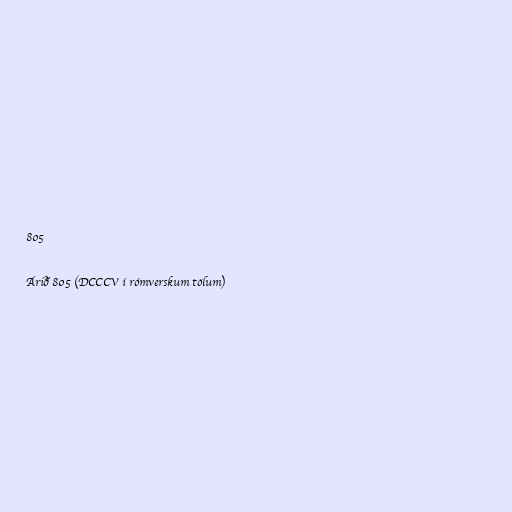
805

Árið 805 (DCCCV í rómverskum tölum)